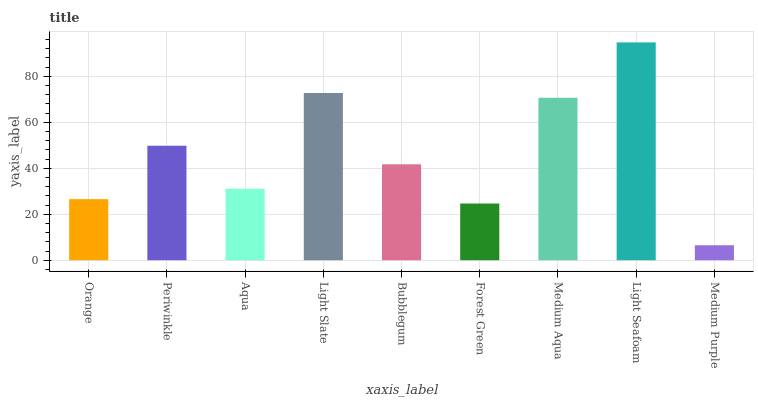
| xaxis_label | bars |
 | --- | --- |
 | Orange | 26.6 |
 | Periwinkle | 49.8 |
 | Aqua | 31.1 |
 | Light Slate | 72.8 |
 | Bubblegum | 41.7 |
 | Forest Green | 24.7 |
 | Medium Aqua | 70.7 |
 | Light Seafoam | 94.8 |
 | Medium Purple | 6.52 |